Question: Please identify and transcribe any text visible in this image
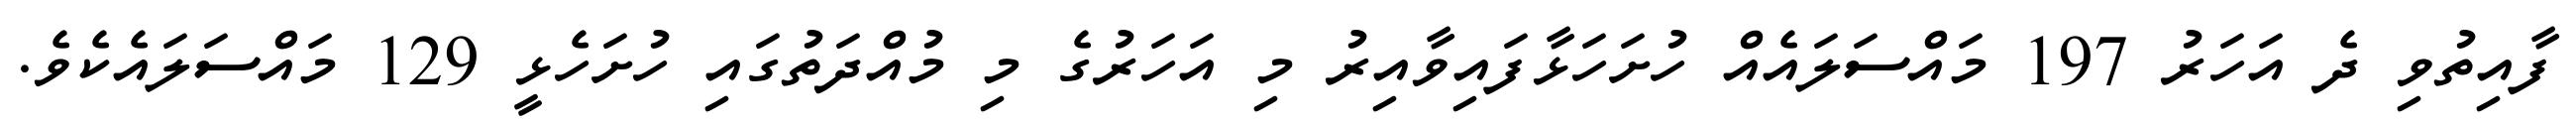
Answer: ފާއިތުވި ދެ އަހަރު 197 މައްސަލައެއް ހުށަހަޅާފައިވާއިރު މި އަހަރުގެ މި މުއްދަތުގައި ހުށަހެޅީ 129 މައްސަލައެކެވެ.